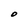
Character: O